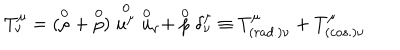
T _ { \nu } ^ { \mu } = ( \stackrel { 0 } { \rho } + \stackrel { 0 } { p } ) \stackrel { 0 } { { u } ^ { \mu } } { \stackrel { 0 } { u } } _ { \nu } + \stackrel { 0 } { p } \delta _ { \nu } ^ { \mu } \equiv T _ { ( r a d . ) \nu } ^ { \mu } + T _ { ( c o s . ) \nu } ^ { \mu }